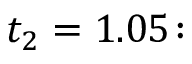
t _ { 2 } = 1 . 0 5 \colon